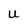
Character: U